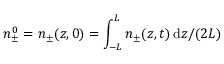
n _ { \pm } ^ { 0 } = n _ { \pm } ( z , 0 ) = \int _ { - L } ^ { L } n _ { \pm } ( z , t ) \, \mathrm { d } z / ( 2 L )